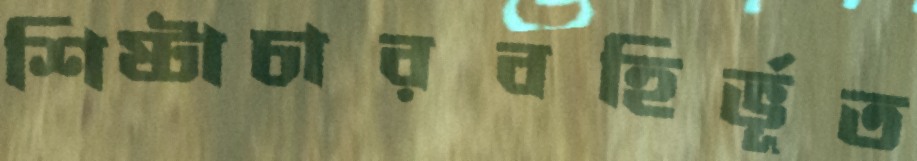
শিষ্টাচারবহির্ভূত